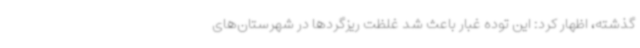
گذشته، اظهار کرد: این توده غبار باعث شد غلظت ریزگردها در شهرستان‌های